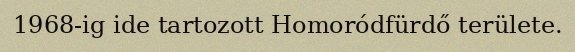
1968-ig ide tartozott Homoródfürdő területe.